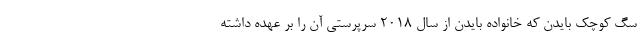
سگ کوچک بایدن که خانواده بایدن از سال 2018 سرپرستی آن را بر عهده داشته